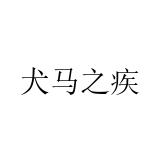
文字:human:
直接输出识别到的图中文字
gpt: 犬马之疾